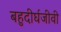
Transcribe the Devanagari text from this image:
बहुदीर्घजीवी